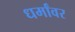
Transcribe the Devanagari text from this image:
धर्मांवर